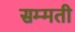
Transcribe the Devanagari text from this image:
सम्मती